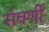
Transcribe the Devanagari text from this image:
संवर्णी